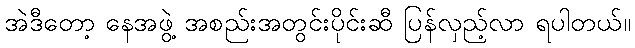
အဲဒီတော့ နေအဖွဲ့ အစည်းအတွင်းပိုင်းဆီ ပြန်လှည့်လာ ရပါတယ်။